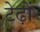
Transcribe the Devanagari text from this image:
टेढ़ों